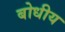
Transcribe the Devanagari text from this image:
बोधीय